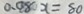
0 . 0 8 x = 8 0